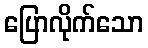
ပြောလိုက်သော